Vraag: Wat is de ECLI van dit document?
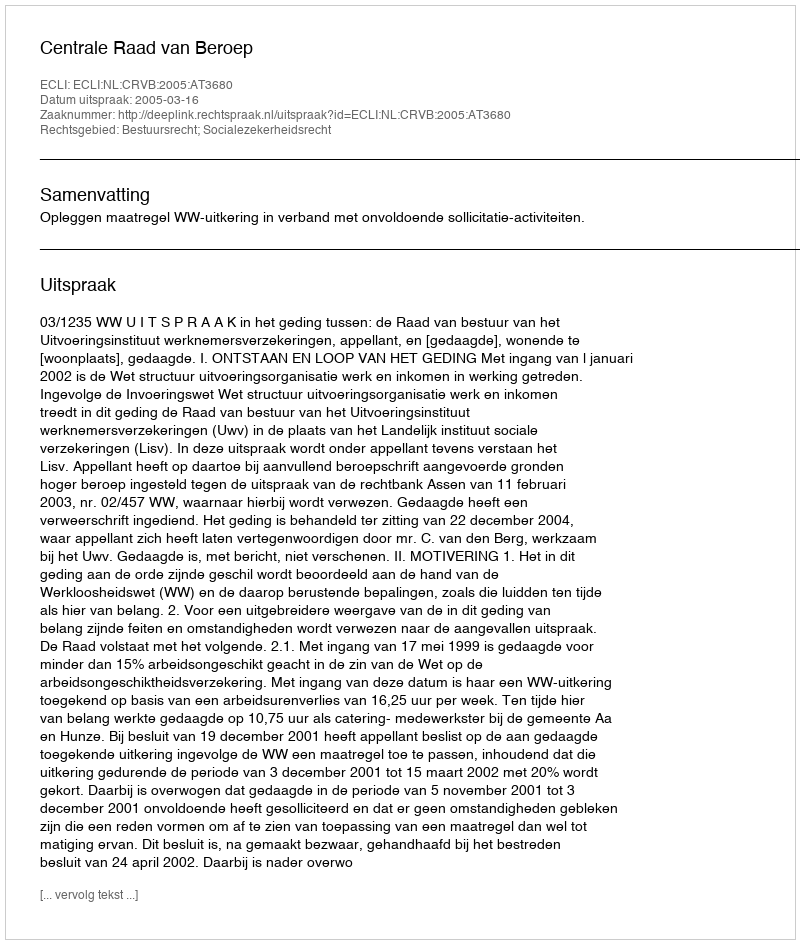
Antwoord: ECLI:NL:CRVB:2005:AT3680